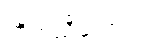
ကိုက်ညီအောင်